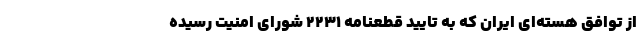
از توافق هسته‌ای ایران که به تایید قطعنامه ۲۲۳۱ شورای امنیت رسیده